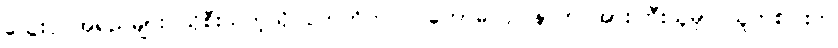
သွေးပုပ်အရည်များ ယိုစီးသကဲ့သို ပကတိကပင် ကောဓ၊ ဥပနာဟ အားကြီးသူမှာ သူတစ်ပါးက